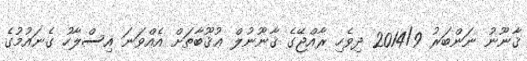
ޤާނޫނު ނަންބަރު 2014/9 ދިވެހި ރާއްޖޭގެ ޤާނޫނުލް ޢުޤޫބާތަށް އެއްވަނަ އިސްލާހު ގެނައުމުގެ